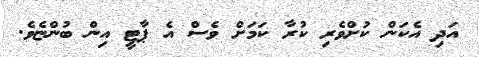
އަދި އެކަން ކުށްވެރި ކުރާ ކަމަށް ވެސް އެ ޕާޓީ އިން ބުންޏެވެ.